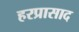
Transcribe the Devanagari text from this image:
हरप्रासाद